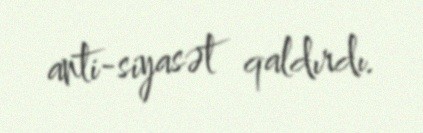
anti-siyasət qaldırdı.